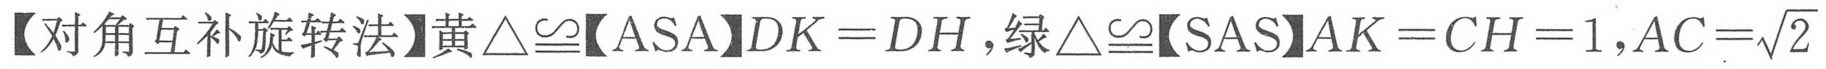
【对角互补旋转法】黄\(\triangle\cong\)【ASA】\(DK = DH\)，绿\(\triangle\cong\)【SAS】\(AK = CH = 1\)，\(AC=\sqrt{2}\)